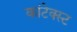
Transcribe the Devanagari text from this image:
कांटेक्स्ट